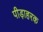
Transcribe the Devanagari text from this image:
पीड़ाहरक